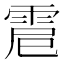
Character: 𩂵